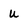
Character: u